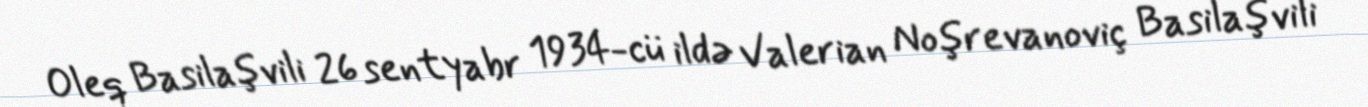
Oleq Basilaşvili 26 sentyabr 1934-cü ildə Valerian Noşrevanoviç Basilaşvili